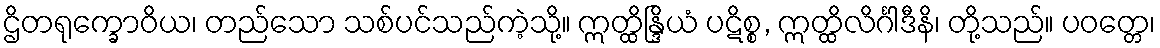
ဌိတရုက္ခောဝိယ၊ တည်သော သစ်ပင်သည်ကဲ့သို့။ ဣတ္ထိန္ဒြိယံ ပဋိစ္စ, ဣတ္ထိလိင်္ဂါဒီနိ၊ တို့သည်။ ပဝတ္တေ၊